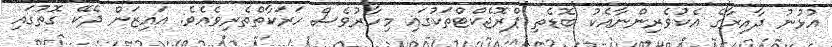
އުޅުނު ދާއިރާގެ އެކުވެރިންނާއެކު ބޮޑެތި ޕްރޮޖެކްޓްތަކުގައި މިހާރުވެސް ހަރަކާތްތެރިވެއެވެ. އައިޒަން ދެކޭ ގޮތުގައި